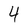
Character: 4